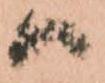
候